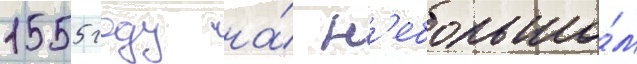
1555 году на́ н'ебольшо́м